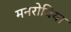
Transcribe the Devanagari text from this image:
मनरोविया